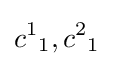
{c^{1}}_{1},{c^{2}}_{1}